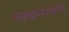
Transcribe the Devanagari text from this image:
लखनावती